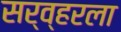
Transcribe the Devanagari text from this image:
सर्व्हरला